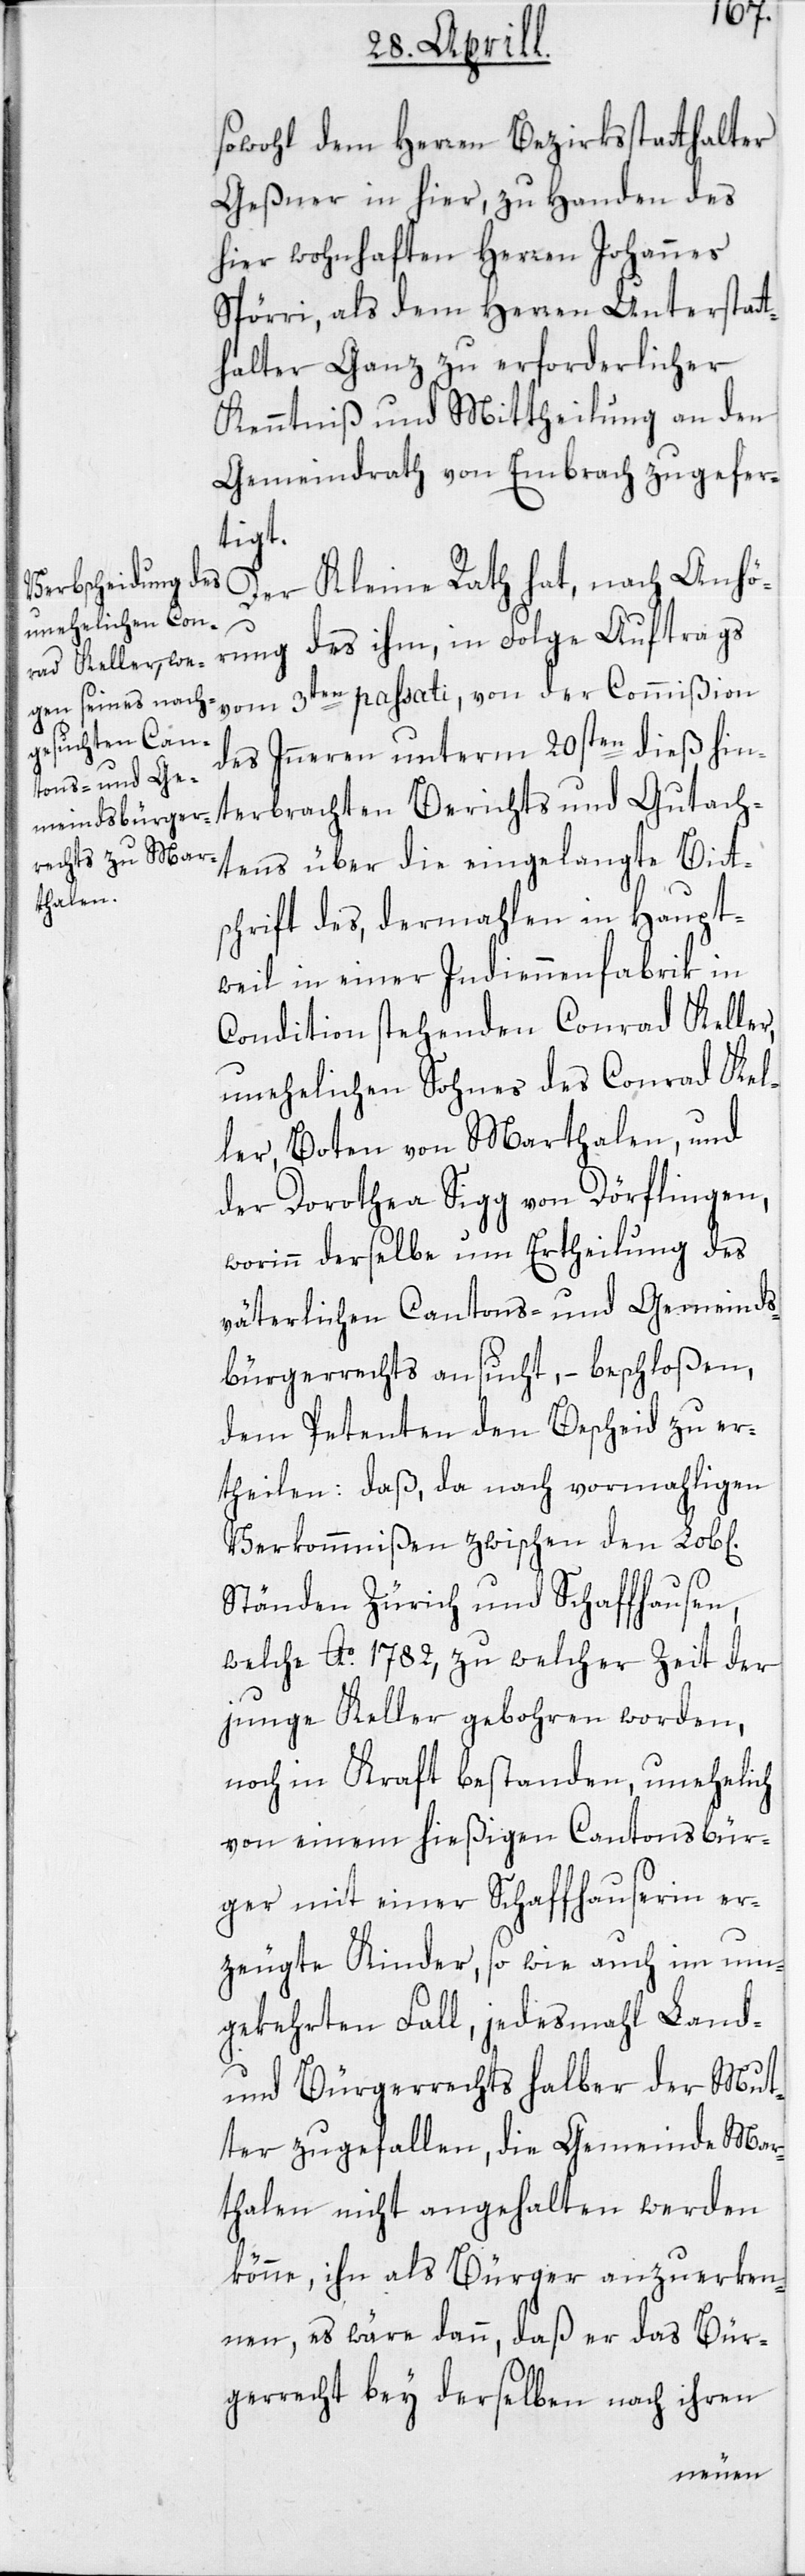
ichen]
sowohl dem Herren Bezirksstatthalter
Geßner in hier, zu Handen des
hier wohnhaften Herren Johannes
Spörri, als dem Herren Unterstatt¬
halter Ganz zu erforderlicher
Kenntniß und Mittheilung an den
Gemeindrath von Embrach zugefer¬
tigt.
Der Kleine Rath hat, nach Anhö¬
rung des ihm, in Folge Auftrags
vom 3ten passati, von der Commißion
des Inneren unterm 20sten dieß hin¬
tens über die eingelangte Bitt¬
schrift des, dermahlen in Haupt¬
weil in einer Indiennenfabrik in
Condition stehenden Conrad Keller,
unehelichen Sohnes des Conrad Kel¬
ler, Boten von Marthalen, und
der Dorothea Sigg von Dörflingen,
worinn derselbe um Ertheilung des
väterlichen Cantons- und Gemeinds¬
bürgerrechts ansucht, – beschloßen,
dem Petenten den Bescheid zu er¬
theilen: Daß, da nach vormahligen
Verkommnißen zwischen den Lob[l¬
Ständen Zürich und Schaffhausen,
welche Ao. 1782, zu welcher Zeit der
junge Keller gebohren worden,
noch in Kraft bestanden, unehelich
von einem hießigen Cantonsbür¬
ger mit einer Schaffhauserin er¬
zeugte Kinder, so wie auch im um¬
gekehrten Fall, jedesmahl Land-
und Bürgerrechts halber der Mut¬
ter zugefallen, die Gemeinde Mar¬
thalen nicht angehalten werden
könne, ihn als Bürger anzuerken¬
nen, es wäre dann, daß er das Bür¬
gerrecht bey derselben nach ihren